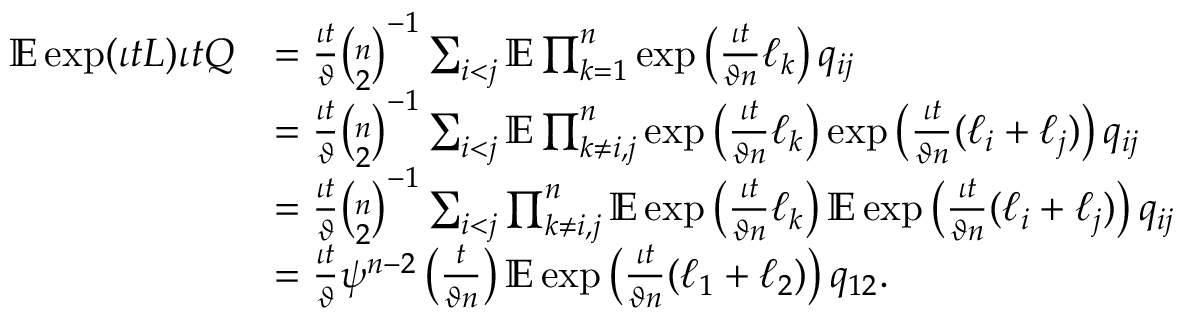
\begin{array} { r l } { \mathbb { E } \exp ( \iota t L ) \iota t Q } & { = \frac { \iota t } { \vartheta } \binom { n } { 2 } ^ { - 1 } \sum _ { i < j } \mathbb { E } \prod _ { k = 1 } ^ { n } \exp \left( \frac { \iota t } { \vartheta n } \ell _ { k } \right) q _ { i j } } \\ & { = \frac { \iota t } { \vartheta } \binom { n } { 2 } ^ { - 1 } \sum _ { i < j } \mathbb { E } \prod _ { k \neq i , j } ^ { n } \exp \left( \frac { \iota t } { \vartheta n } \ell _ { k } \right) \exp \left( \frac { \iota t } { \vartheta n } ( \ell _ { i } + \ell _ { j } ) \right) q _ { i j } } \\ & { = \frac { \iota t } { \vartheta } \binom { n } { 2 } ^ { - 1 } \sum _ { i < j } \prod _ { k \neq i , j } ^ { n } \mathbb { E } \exp \left( \frac { \iota t } { \vartheta n } \ell _ { k } \right) \mathbb { E } \exp \left( \frac { \iota t } { \vartheta n } ( \ell _ { i } + \ell _ { j } ) \right) q _ { i j } } \\ & { = \frac { \iota t } { \vartheta } \psi ^ { n - 2 } \left( \frac { t } { \vartheta n } \right) \mathbb { E } \exp \left( \frac { \iota t } { \vartheta n } ( \ell _ { 1 } + \ell _ { 2 } ) \right) q _ { 1 2 } . } \end{array}